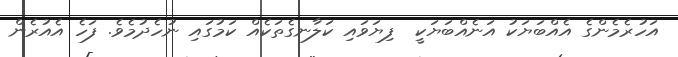
އަހުރެމެންގެ އެއްބަޔަކު އަނެއްބަޔަކީ  ފިޔަވައި ކަލާނގެތަކެއް ކަމުގައި ނުހެދުމެވެ. ފަހެ އެއުރެން